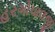
હરગોપાલજી